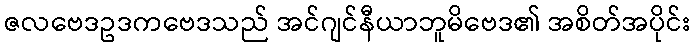
ဇလဗေဒဥဒကဗေဒသည် အင်ဂျင်နီယာဘူမိဗေဒ၏ အစိတ်အပိုင်း